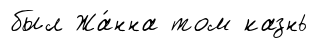
был Жа́нна том казнь